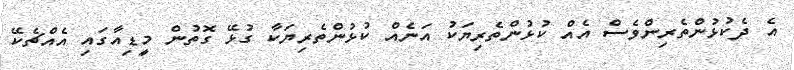
އެ ދެކުޅުންތެރިންވެސް އެއް ކުޅުންތެރިޔަކު އަނެއް ކުޅުންތެރިޔަކާ ގުޅޭ ގޮތުން މީޑިއާގައި އެއްޗެކޭ